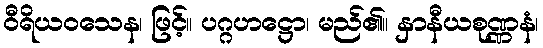
ဝီရိယဝသေန၊ ဖြင့်။ ပဂ္ဂဟဋ္ဌော၊ မည်၏။ နှာနီယစုဏ္ဏနံ၊